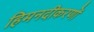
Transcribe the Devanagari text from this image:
हिमनदीकरणों